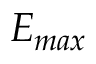
E _ { m a x }